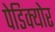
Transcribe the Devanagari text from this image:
पेडिक्‍योर